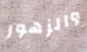
والزهور